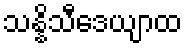
သန္နိသီဒေယျာထ